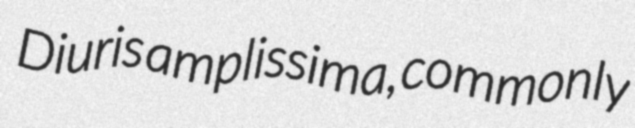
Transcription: Diuris amplissima, commonly